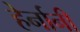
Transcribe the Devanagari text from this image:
हेर्नानी